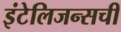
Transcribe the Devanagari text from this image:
इंटेलिजन्सची